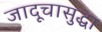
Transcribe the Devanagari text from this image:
जादूचासुद्धा